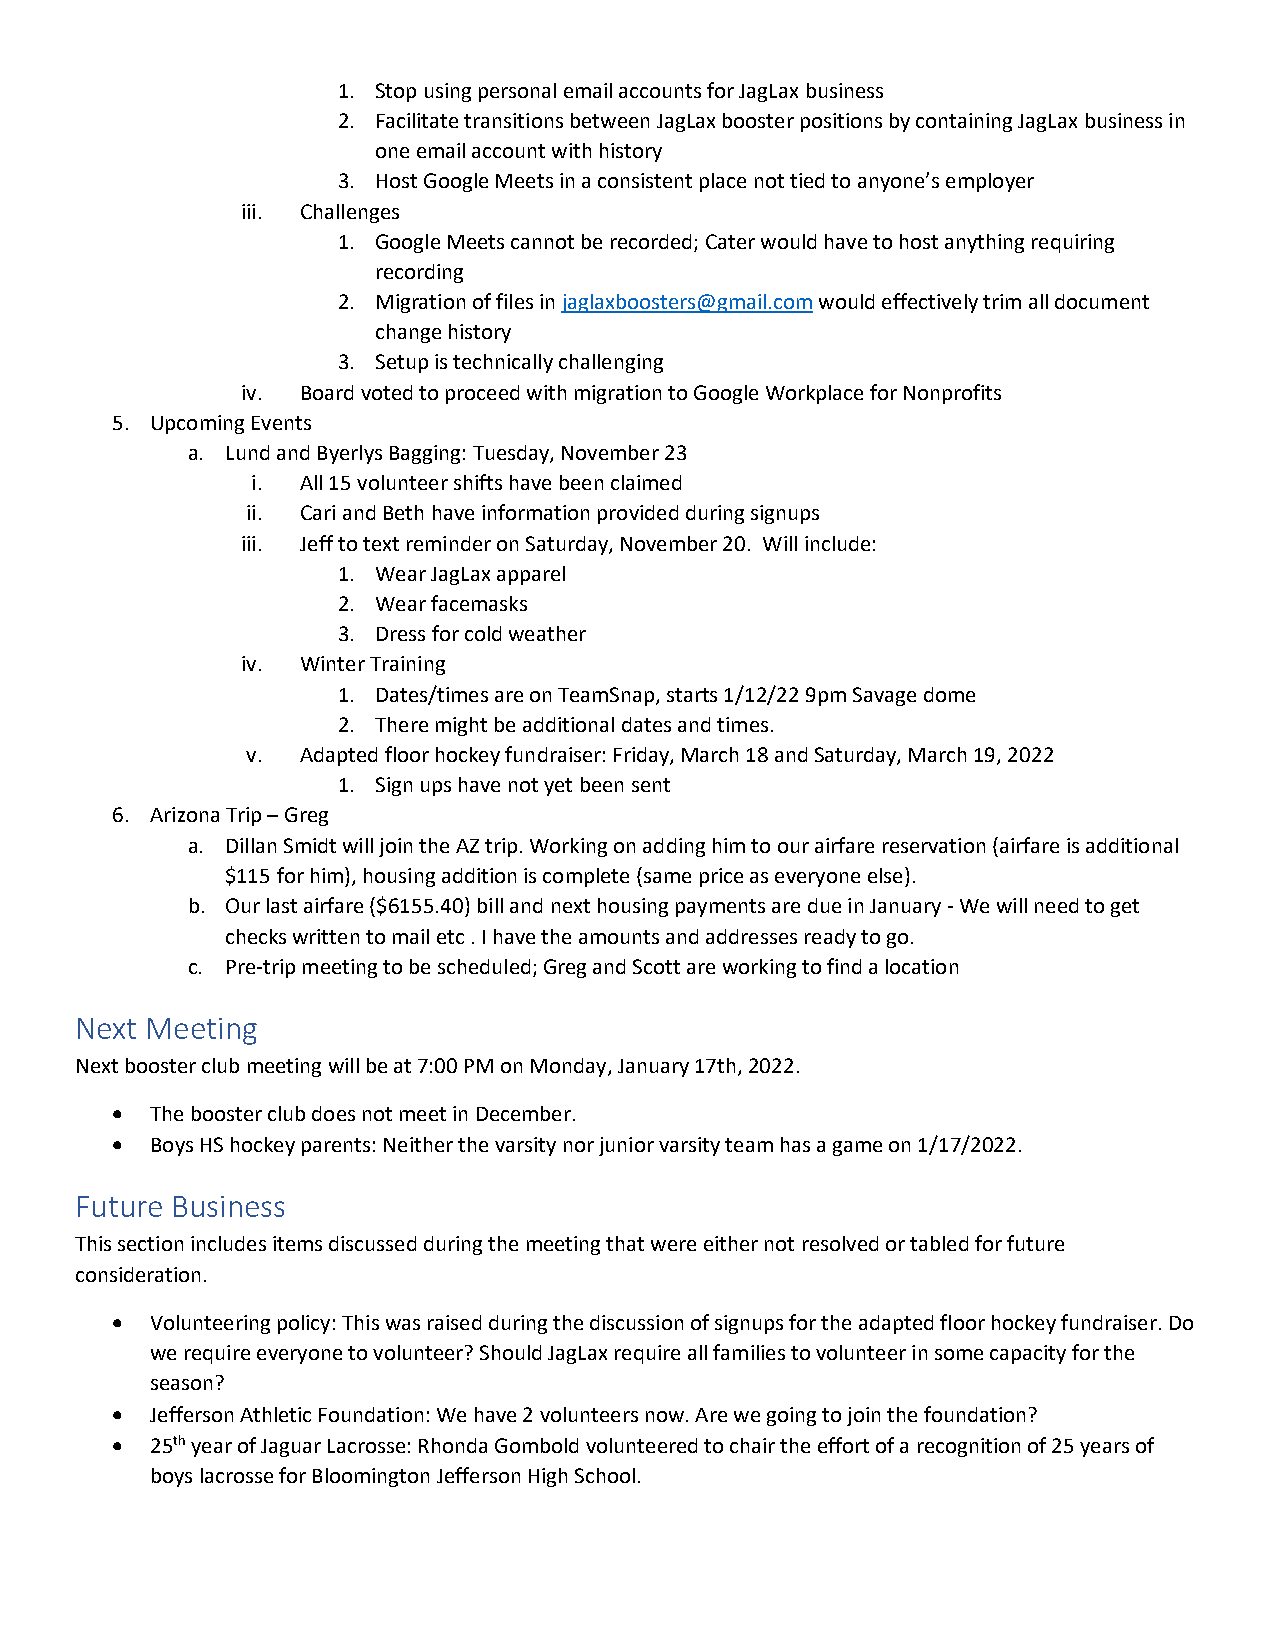
1. Stop using personal email accounts for JagLax business
 2. Facilitate transitions between JagLax booster positions by containing JagLax business in
 one email account with history
 3. Host Google Meets in a consistent place not tied to anyone’s employer
 iii. Challenges
 1. Google Meets cannot be recorded; Cater would have to host anything requiring
 recording
 2. Migration of files in jaglaxboosters@gmail.com would effectively trim all document
 change history
 3. Setup is technically challenging
 iv. Board voted to proceed with migration to Google Workplace for Nonprofits
 5. Upcoming Events
 a. Lund and Byerlys Bagging: Tuesday, November 23
 i. All 15 volunteer shifts have been claimed
 ii. Cari and Beth have information provided during signups
 iii. Jeff to text reminder on Saturday, November 20. Will include:
 1. Wear JagLax apparel
 2. Wear facemasks
 3. Dress for cold weather
 iv. Winter Training
 1. Dates/times are on TeamSnap, starts 1/12/22 9pm Savage dome
 2. There might be additional dates and times.
 v.  Adapted floor hockey fundraiser: Friday, March 18 and Saturday, March 19, 2022
 1. Sign ups have not yet been sent
 6. Arizona Trip – Greg
 a. Dillan Smidt will join the AZ trip. Working on adding him to our airfare reservation (airfare is additional
 $115 for him), housing addition is complete (same price as everyone else).
 b. Our last airfare ($6155.40) bill and next housing payments are due in January - We will need to get
 checks written to mail etc . I have the amounts and addresses ready to go.
 c. Pre-trip meeting to be scheduled; Greg and Scott are working to find a location
 Next Meeting
 Next booster club meeting will be at 7:00 PM on Monday, January 17th, 2022.
 •  The booster club does not meet in December.
 •  Boys HS hockey parents: Neither the varsity nor junior varsity team has a game on 1/17/2022.
 Future Business
 This section includes items discussed during the meeting that were either not resolved or tabled for future
 consideration.
 •  Volunteering policy: This was raised during the discussion of signups for the adapted floor hockey fundraiser. Do
 we require everyone to volunteer? Should JagLax require all families to volunteer in some capacity for the
 season?
 •  Jefferson Athletic Foundation: We have 2 volunteers now. Are we going to join the foundation?
 •  25th year of Jaguar Lacrosse: Rhonda Gombold volunteered to chair the effort of a recognition of 25 years of
 boys lacrosse for Bloomington Jefferson High School.